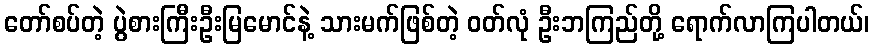
တော်စပ်တဲ့ ပွဲစားကြီးဦးမြမောင်နဲ့ သားမက်ဖြစ်တဲ့ ဝတ်လုံ ဦးဘကြည်တို့ ရောက်လာကြပါတယ်၊